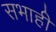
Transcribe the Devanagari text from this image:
सभाही